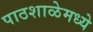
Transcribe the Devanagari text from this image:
पाठशाळेमध्ये